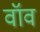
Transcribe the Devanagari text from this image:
वॉव